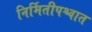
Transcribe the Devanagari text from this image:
निर्मितीपश्चात